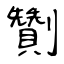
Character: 劗